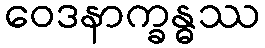
ဝေဒနာက္ခန္ဓဿ